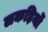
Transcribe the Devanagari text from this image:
लकड़िर्यो